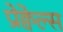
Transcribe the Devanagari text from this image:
प्रेक्वेल्स